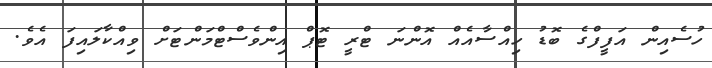
ހުސެއިން އަފީފްގެ ބޮޑު ހިއްސާއެއް އޮންނަ ޓްރީ ޓޮޕް އިންވެސްޓްމަންޓަށް ވިއްކާލައިފަ އެވެ.